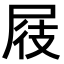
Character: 屐